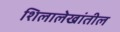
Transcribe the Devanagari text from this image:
शिलालेखांतील